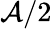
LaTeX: \mathcal{A}/2